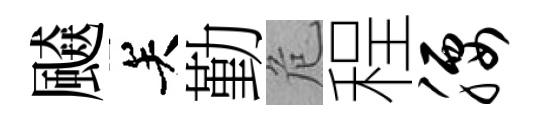
飇关勤危程腰